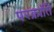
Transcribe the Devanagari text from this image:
परक्रांति